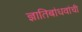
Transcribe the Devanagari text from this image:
ज्ञातिबांधवांची